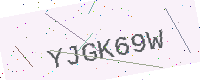
Text: YJGK69W